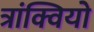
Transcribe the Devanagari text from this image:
त्रांक्वियो